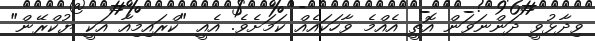
ވިދާޅުވީ ދަންނަވަން އޮތީ އެއްމެ ވާހަކައެއް ކަމަށެވެ. އެއީ "ކްރައިމިއާ އަކީ ޔުކްރޭން"